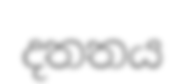
දතතය